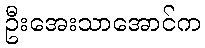
ဦးအေးသာအောင်က